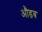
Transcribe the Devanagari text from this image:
औडब